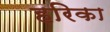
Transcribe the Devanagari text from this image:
हरिका